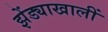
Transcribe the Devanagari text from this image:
झेंड्याखालीं